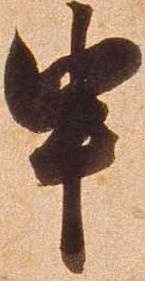
申